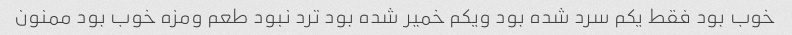
خوب بود فقط یکم سرد شده بود ویکم خمیر شده بود ترد نبود طعم ومزه خوب بود ممنون